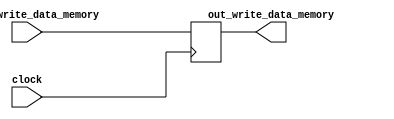
`timescale 1ps / 1ps
//////////////////////////////////////////////////////////////////////////////////
// Company: 
// Engineer: 
// 
// Design Name: 
// Module Name: write_data_memory_ID_EX
// Project Name: 
// Target Devices: 
// Tool Versions: 
// Description: 
// 
// Dependencies: 
// 
// Revision:
// Revision 0.01 - File Created
// Additional Comments:
// 
//////////////////////////////////////////////////////////////////////////////////


module write_data_memory_ID_EX(input signal_write_data_memory,input clock,output reg out_write_data_memory);

always@(posedge clock)
out_write_data_memory=signal_write_data_memory;
endmodule